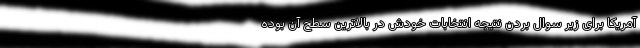
آمریکا برای زیر سوال بردن نتیجه انتخابات خودش در بالاترین سطح آن بوده